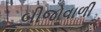
બીજોવાળી